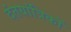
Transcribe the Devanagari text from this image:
दंतयांत्रिकों